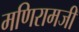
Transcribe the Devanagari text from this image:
मणिरामजी